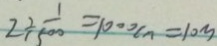
2 \div \frac { 1 } { 1 5 0 0 } = 1 0 0 0 c n = 1 0 m